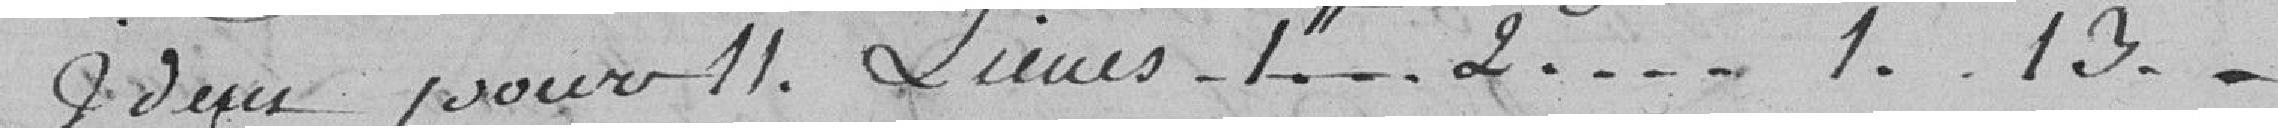
Idem pour 11 lieues.1...2.....1..13..